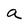
Character: a